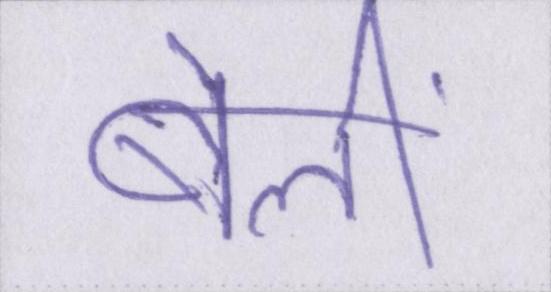
बेलीं